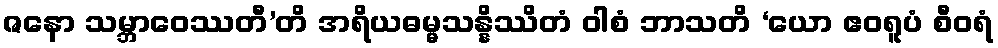
ဇနော သမ္ဘာဝေဿတီ’တိ အရိယဓမ္မသန္နိဿိတံ ဝါစံ ဘာသတိ ‘ယော ဧဝရူပံ စီဝရံ